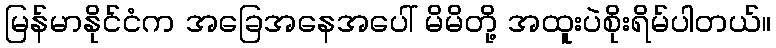
မြန်မာနိုင်ငံက အခြေအနေအပေါ် မိမိတို့ အထူးပဲစိုးရိမ်ပါတယ်။